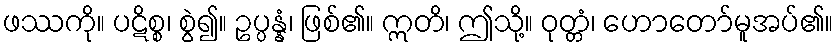
ဖဿကို။ ပဋိစ္စ၊ စွဲ၍။ ဥပ္ပန္နံ၊ ဖြစ်၏။ ဣတိ၊ ဤသို့။ ဝုတ္တံ၊ ဟောတော်မူအပ်၏။